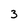
Character: 3